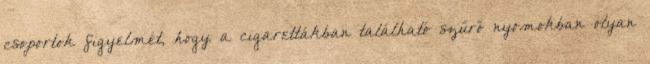
csoportok figyelmét, hogy a cigarettákban található szűrő nyomokban olyan